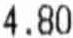
4.80